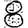
Digit: 8